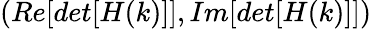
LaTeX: (Re[det[H(k)]],Im[det[H(k)]])